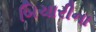
બિચારીના